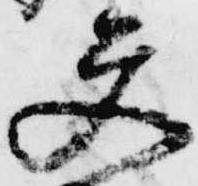
更